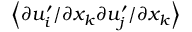
\! \left\langle { \partial u _ { i } ^ { \prime } / \partial x _ { k } \partial u _ { j } ^ { \prime } / \partial x _ { k } } \right\rangle